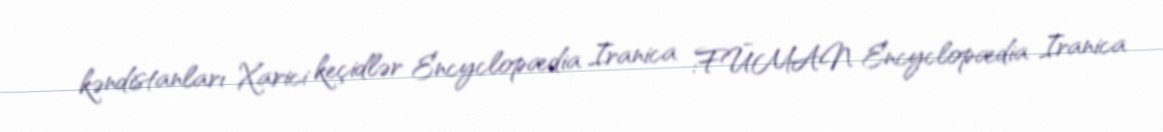
kəndistanları Xarici keçidlər Encyclopædia Iranica :FŪMAN Encyclopædia Iranica